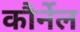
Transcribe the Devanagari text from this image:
कौर्नेल